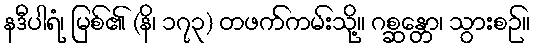
နဒီပါရံ၊ မြစ်၏ (နိ၊ ၁၇၃) တဖက်ကမ်းသို့။ ဂစ္ဆန္တော၊ သွားစဉ်။